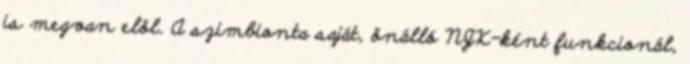
is megvan elöl. A szimbionta saját, önálló NJK-ként funkcionál,